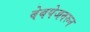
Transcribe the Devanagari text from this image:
वेबपेजवरुन